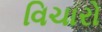
વિચારો